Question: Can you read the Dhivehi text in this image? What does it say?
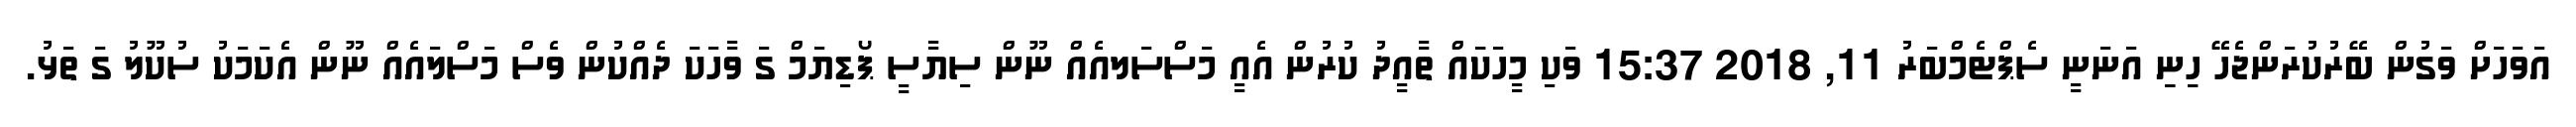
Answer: އަވަހަށް ވަގުން ބޭރުކުރަންޖެހޭ ހިިނިިި އަނަނީ ސެޕްޓެމްބަރު 11, 2018 15:37 ވަކި މީހަކަައް ތާއީދު ކުރުން އެއީ މަސްސަލއެއް ނޫން ސިޔާސީ ޕޯޑިޔަމް ގަ ވާހަކަ ދެއްކުން ވެސް މަސްލައެއް ނޫން އެކަމަކު ސުކޫލު ގަ ތަޅު.